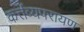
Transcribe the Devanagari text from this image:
कर्त्तव्यपरायण